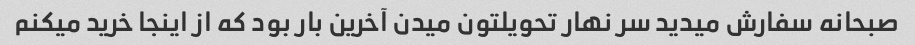
صبحانه سفارش میدید سر نهار تحویلتون میدن آخرین بار بود که از اینجا خرید میکنم